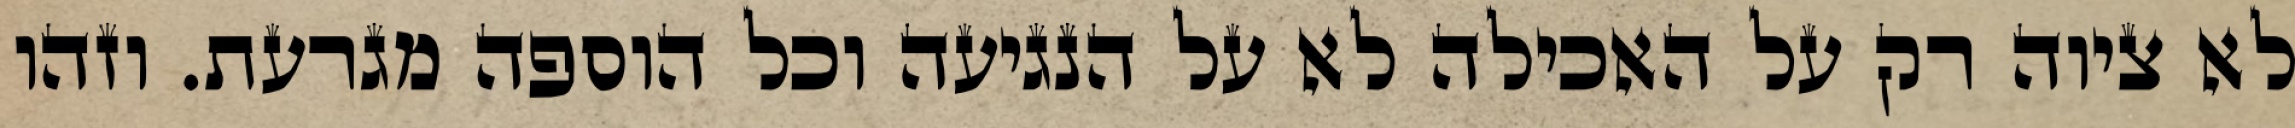
לא ציוה רק על האכילה לא על הנגיעה וכל הוספה מגרעת. וזהו